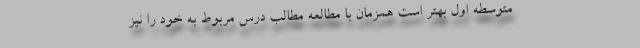
متوسطه اول بهتر است همزمان با مطالعه مطالب درس مربوط به خود را نیز